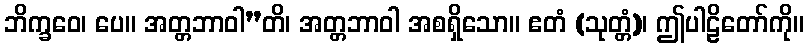
ဘိက္ခဝေ၊ ပေ။ အတ္တဘာဝါ”တိ၊ အတ္တဘာဝါ အစရှိသော။ ဧတံ (သုတ္တံ)၊ ဤပါဠိတော်ကို။